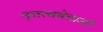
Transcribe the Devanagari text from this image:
नृत्तत्ववेत्ताओं